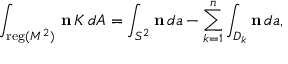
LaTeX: \int _ { { \mathrm { \small { r e g } } } ( M ^ { 2 } ) } \, { \bf n } \, K \, d A = \int _ { S ^ { 2 } } { \bf n } \, d a - \sum _ { k = 1 } ^ { n } \int _ { D _ { k } } { \bf n } \, d a ,